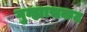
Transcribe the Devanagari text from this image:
गुन्ह्यासकट